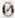
0